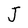
Character: J